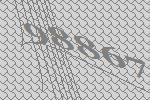
98867